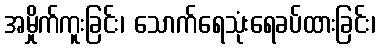
အမှိုက်ကူးခြင်း၊ သောက်ရေသုံးရေခပ်ထားခြင်း၊